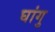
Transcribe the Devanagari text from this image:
घांगु